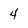
Character: 4